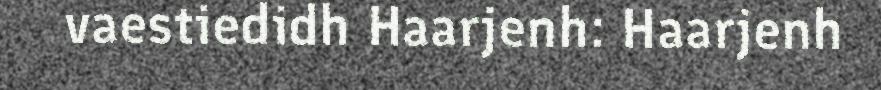
vaestiedidh Haarjenh: Haarjenh